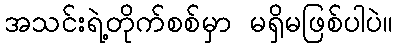
အသင်းရဲ့တိုက်စစ်မှာ မရှိမဖြစ်ပါပဲ။